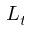
L _ { t }